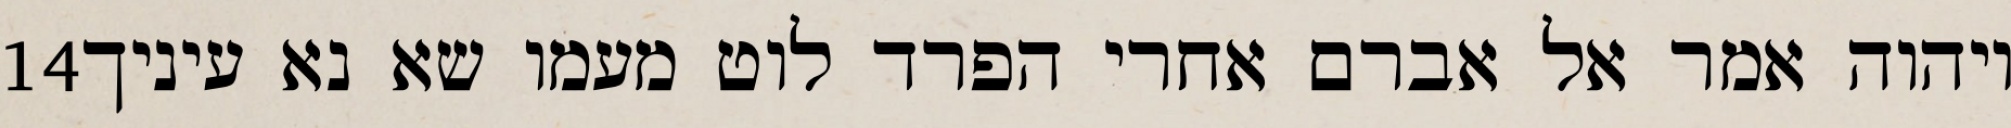
‎14‏ ויהוה אמר אל אברם אחרי הפרד לוט מעמו שא נא עיניך